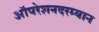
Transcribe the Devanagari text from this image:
ऑपरेशनदरम्यान